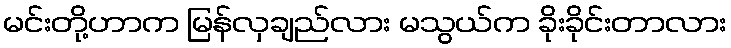
မင်းတို့ဟာက မြန်လှချည်လား မသွယ်က ခိုးခိုင်းတာလား